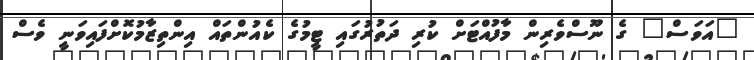
"އަވަސް" ގެ ނޫސްވެރިން މާފުއްޓަށް ކުރި ދަތުރުގައި ޓީމުގެ ކެއުންތައް އިންތިޒާމުކޮށްފައިވަނީ ވެސް